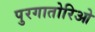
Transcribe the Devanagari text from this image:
पुरगातोरिओ